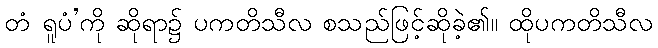
တံ ရူပံ’ကို ဆိုရာ၌ ပကတိသီလ စသည်ဖြင့်ဆိုခဲ့၏။ ထိုပကတိသီလ